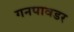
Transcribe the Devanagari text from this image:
गनपावडर